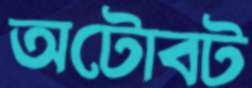
অটোবট